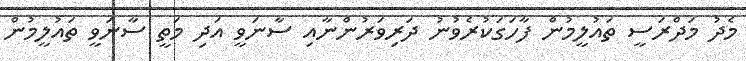
މެދު މަދްރަސީ ތައުލީމުން ފާހަގަކުރެވުނު ދަރިވަރުންނާއި ސާނަވީ އަދި މަތީ ސާނަވީ ތައުލީމުން